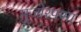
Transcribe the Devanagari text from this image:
मुजोरपणा